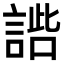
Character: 𧩢